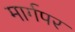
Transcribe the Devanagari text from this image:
मार्गपर